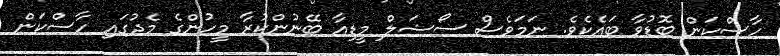
ހާސްކަން ބޮޑުވާ ބައެކެވެ. ނަމަވެސް ސޯޝަލް މީޑިއާ ބޭނުންކުރާ މީހުންގެ މެދުގައި ހާސްކަން